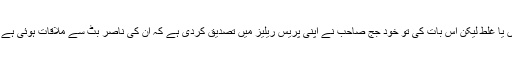
وڈیو سے متعلق باقی دعوے درست ہیں یا غلط لیکن اس بات کی تو خود جج صاحب نے اپنی پریس ریلیز میں تصدیق کردی ہے کہ ان کی ناصر بٹ سے ملاقات ہوئی ہے اور یہ کہ یہ وڈیو اس ملاقات کی ہے۔